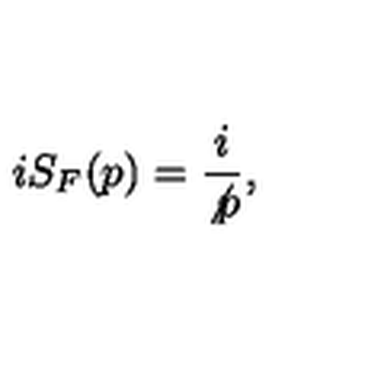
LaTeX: i S _ { F } ( p ) = \frac { i } { \not { p } } ,